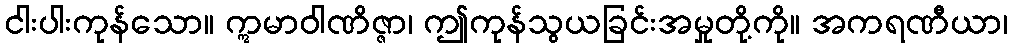
ငါးပါးကုန်သော။ ဣမာဝါဏိဇ္ဇာ၊ ဤကုန်သွယခြင်းအမှုတို့ကို။ အကရဏီယာ၊